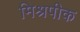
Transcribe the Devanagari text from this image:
मिश्रपीक